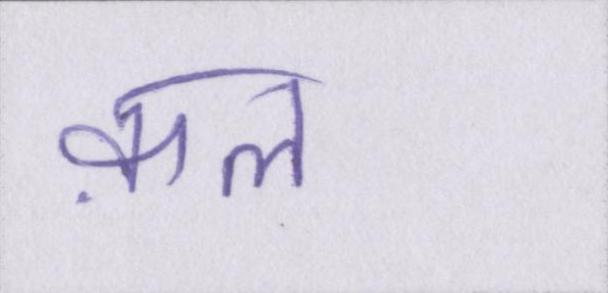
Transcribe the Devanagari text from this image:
क़त्ल